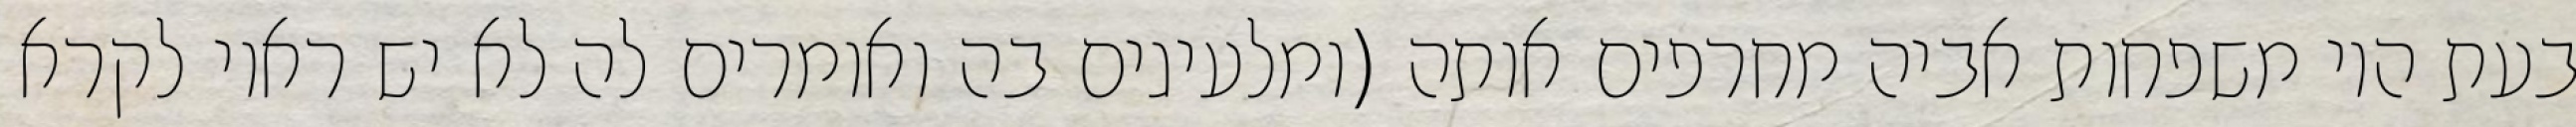
בעת היו משפחות אביה מחרפים אותה (ומלעיגים בה ואומרים לה לא יש ראוי לקרא